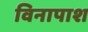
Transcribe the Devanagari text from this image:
विनापाश